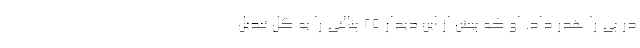
در پی را هدر داد. او که پیش از این دیدار 25 پنالتی را به گل تبدیل